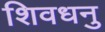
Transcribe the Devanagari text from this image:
शिवधनु